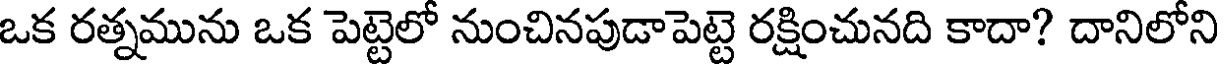
ఒక రత్నమును ఒక పెట్టెలో నుంచినపుడాపెట్టె రక్షించునది కాదా? దానిలోని